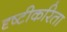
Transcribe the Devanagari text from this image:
दृष्टीकरिता